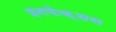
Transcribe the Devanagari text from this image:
इनफेक्शस